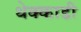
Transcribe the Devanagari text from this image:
थेक्काडी